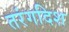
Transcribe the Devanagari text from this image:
तरंगदिश